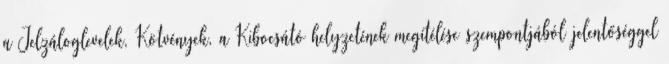
a Jelzáloglevelek, Kötvények, a Kibocsátó helyzetének megítélése szempontjából jelentőséggel